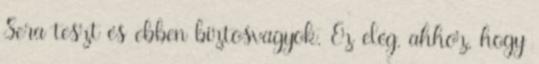
Sera teszt és ebben biztosvagyok. Ez elég, ahhoz, hogy